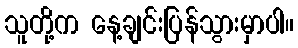
သူတို့က နေ့ချင်းပြန်သွားမှာပါ။